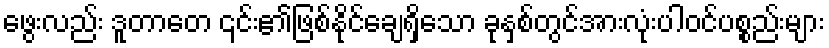
ဖွေးလည်း ဒူတာတေ ၎င်း၏ဖြစ်နိုင်ချေရှိသော ခုနှစ်တွင်အားလုံးပါဝင်ပစ္စည်းများ